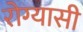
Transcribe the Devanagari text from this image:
रोग्यासी